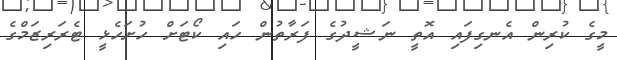
މީގެ ކުރިން އެނގިފައި އޮތީ ނަޝީދުގެ ފަރާތުން ހައި ކޯޓަށް ހުށަހެޅީ ޓެރަރިޒަމްގެ